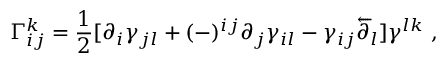
\Gamma _ { i j } ^ { k } = { \frac { 1 } { 2 } } [ \partial _ { i } \gamma _ { j l } + ( - ) ^ { i j } \partial _ { j } \gamma _ { i l } - \gamma _ { i j } \overleftarrow \partial _ { l } ] \gamma ^ { l k } \ ,